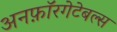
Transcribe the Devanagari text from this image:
अनफ़ॉरगेटेबल्स